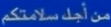
من أجل سلامتكم